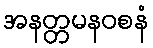
အနတ္တမနဝစနံ